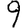
Digit: 9